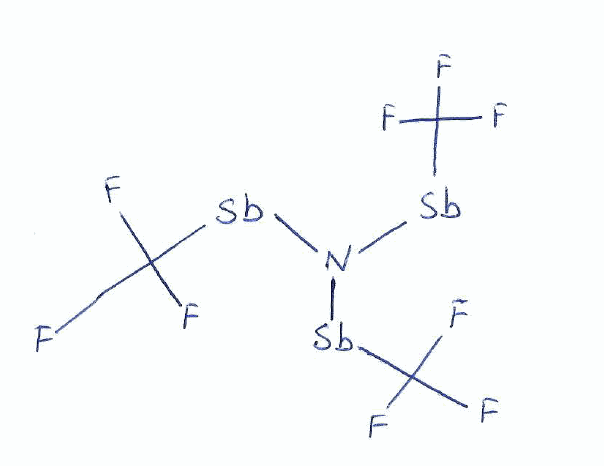
Simplified molecular-input line-entry system (SMILES) notation of the given molecule:
C(F)(F)(F)[Sb]N([Sb]C(F)(F)F)[Sb]C(F)(F)F